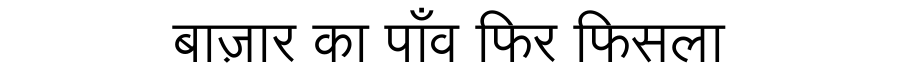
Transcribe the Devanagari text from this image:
बाज़ार का पाँव फिर फिसला